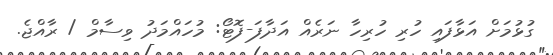
ގުޅުމަށް އަޅާފައި ހުރި ހުރިހާ ނަރެއް އަދާފަ-ފޮޓޯ: މުހައްމަދު ވިސާމް / ރާއްޖެ.